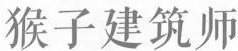
猴子建筑师